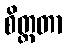
စိတ္တတာ